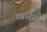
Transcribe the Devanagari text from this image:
कातिफ़